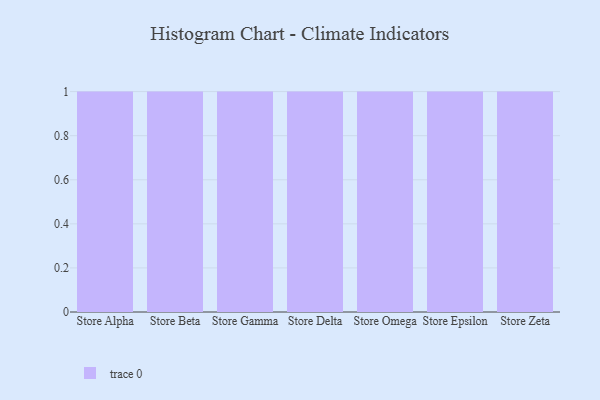
{"axis": {"x": "Store", "y": "LTV (USD)"}, "legend": [""], "data": [{"x": "Store Alpha", "y": 43, "type": ""}, {"x": "Store Beta", "y": 69, "type": ""}, {"x": "Store Gamma", "y": 17, "type": ""}, {"x": "Store Delta", "y": 44, "type": ""}, {"x": "Store Omega", "y": 98, "type": ""}, {"x": "Store Epsilon", "y": 72, "type": ""}, {"x": "Store Zeta", "y": 64, "type": ""}]}